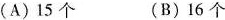
(A)15个(B)16个